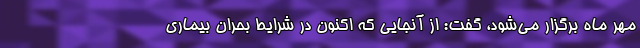
مهر ماه برگزار می‌شود، گفت: از آنجایی که اکنون در شرایط بحران بیماری